Medical and sanitary report of the native army of Madras for the year
Year: 1872
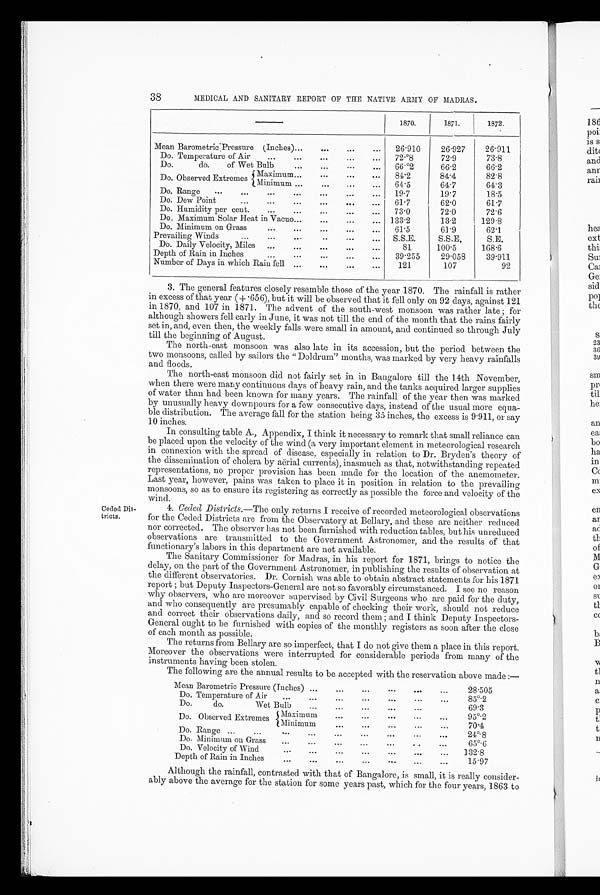
Ceded Dis
tricts.
MEDICAL AND SANITARY REPORT OF THE NATIVE ARMY OF MADRAS.
1870.
1871.
1872.
Mean Barometric Pressure (Inches)...
...
...
26.910
26.927
26.911
Do, Temperature of Air
...
...
...
...
72.°8
72.9
73.8
Do.
do.
of Wet Bulb
...
...
. . . .
. . . 66.°2
66.2
66.2
Do. Observed Extremes
Maximum ...
...
•..
...
84.2
84.4
82.8
Minimum
...
...
...
64.5
64.7
64.3
Do. Range
...
...
...
...
...
...
19 . 7
19.7
18.5
Do. Dew Point
...
...
...
...
...
...
61.7
62.0
61.7
Do. Humidity per cent.
...
...
...
...
73 . 0
72.0
72.6
Do. Maximum Solar Heat in Vacuo...
...
...
... 133.2
13.2
129.8
Do. Minimum on Grass
...
...
...
...
...
61.5
61.9
62.1
Prevailing Winds
...
...
...
... . . . S.S.E.
S.S.E.
S.E.
Do. Daily Velocity, Miles ...
...
...
...
...
81
100.5
168.6
Depth of Rain in Inches
...
...
...
...
...
39.255
29.058
39.911
Number of Days in which Rain fell ...
...
...
...
121
107
92
3. The general features closely resemble those of the year 1870. The rainfall is rather
in excess of that year (+.656), but it will be observed that it fell only on 92 days, against 121
in 1870, and 107 in 1871. The advent of the south-west monsoon was rather late ; for
although showers fell early in June, it was not till the end of the month that the rains fairly
set in, and, even then, the weekly falls were small in amount, and continued so through July
till the beginning of August.
The north-east monsoon was also late in its accession, but the period between the
two monsoons, called by sailors the " Doldrum'' months, was marked by very heavy rainfalls
and floods.
The north-east monsoon did not fairly set in in Bangalore till the 14th November,
when there were many continuous days of heavy rain, and the tanks acquired larger supplies
of water than had been known for many years. The rainfall of the year then was marked
by unusually heavy downpours for a few consecutive days, instead of the usual more equa-
ble distribution. The average fall for the station being 35 inches, the excess is 9.911, or say
10 inches.
In consulting table A., Appendix, I think it necessary to remark that small reliance can
be placed upon the velocity of the wind (a very important element in meteorological research
in connexion with the spread of disease, especially in relation to Dr. Bryden's theory of
the dissemination of cholera by aerial currents), inasmuch as that, notwithstanding repeated
representations, no proper provision has been made for the location of the anemometer.
Last year, however, pains was taken to place it in position in relation to the prevailing
monsoons, so as to ensure its registering as correctly as possible the force and velocity of the
wind.
4. Ceded Districts.—The only returns I receive of recorded meteorological observations
for the Ceded Districts are from the Observatory at Bellary, and these are neither reduced
nor corrected. The observer has not been furnished with reduction tables, but his unreduced
observations are transmitted to the Government Astronomer, and the results of that
functionary's labors in this department are not available.
The Sanitary Commissioner for Madras, in his report for 1871, brings to notice the
delay, on the part of the Government Astronomer, in publishing the results of observation at
the different observatories. Dr. Cornish was able to obtain abstract statements for his 1871
report ; but Deputy Inspectors-General are not so favorably circumstanced. I see no reason
why observers, who are moreover supervised by Civil Surgeons who are paid for the duty,
and who consequently are presumably capable of checking their work, should not reduce
and correct their observations daily, and so record them ; and I think Deputy Inspectors-
General ought to be furnished with copies of the monthly registers as soon after the close
of each month as possible.
The returns from Bellary are so imperfect, that I do not give them a place in this report.
Moreover the observations were interrupted for considerable periods from many of the
instruments having been stolen.
The following are the annual results to be accepted with the reservation above made :—
Mean Barometric Pressure (Inches) ...
...
...
...
...
...
28.505
Do. Temperature of Air
...
...
...
85°.2
...
...
...
...
Do.
do.
Wet Bulb
...
...
...
...
...
69.3
Do. Observed Extremes Maximum
...
...
95°.2
...
...
...
Minimum
...
...
...
...
...
70.4
Do. Range ...
...
...
...
...
...
...
...
24°.8
Do. Minimum on Grass
... ...
. ..
...
...
..
65°.6
Do. Velocity of Wind
•..
...
...
...
...
...
132.8
...
Depth of Rain in Inches
...
...
...
...
•••_.
._
15.97
38
Although the rainfall, contrasted with that of Bangalore, is small, it is really consider-
ably above the average for the station for some years past, which for the four years, 1863 to